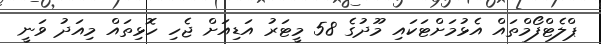
ޕްލެޓްފޯމްތައް އެޅުމަށްޓަކައި މޫދުގެ 58 މީޓަރު އަޑިއަށް ޖެހި ހޮޅިތައް މިއަދު ވަނީ